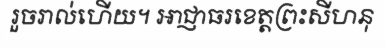
រួចរាល់ហើយ។ អាជ្ញាធរខេត្តព្រះសីហនុ